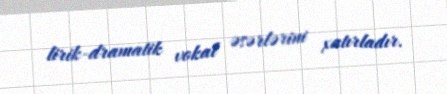
lirik-dramatik vokal əsərlərini xatırladır.